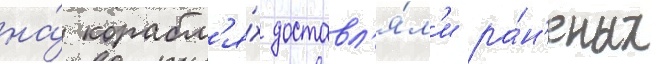
на́ корабл'я́х доставл'я́л'и ра́н'еных